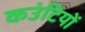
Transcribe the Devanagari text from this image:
कउंटियों